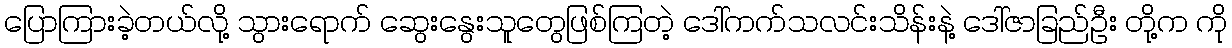
ပြောကြားခဲ့တယ်လို့ သွားရောက် ဆွေးနွေးသူတွေဖြစ်ကြတဲ့ ဒေါ်ကက်သလင်းသိန်းနဲ့ ဒေါ်ဇာခြည်ဦး တို့က ကို